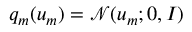
q _ { m } ( u _ { m } ) = \mathcal { N } ( u _ { m } ; 0 , I )